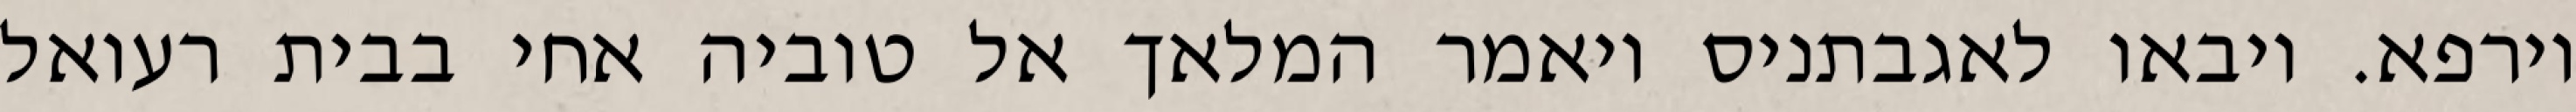
וירפא. ויבאו לאגבתניס ויאמר המלאך אל טוביה אחי בבית רעואל